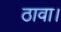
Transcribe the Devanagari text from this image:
ठावा।